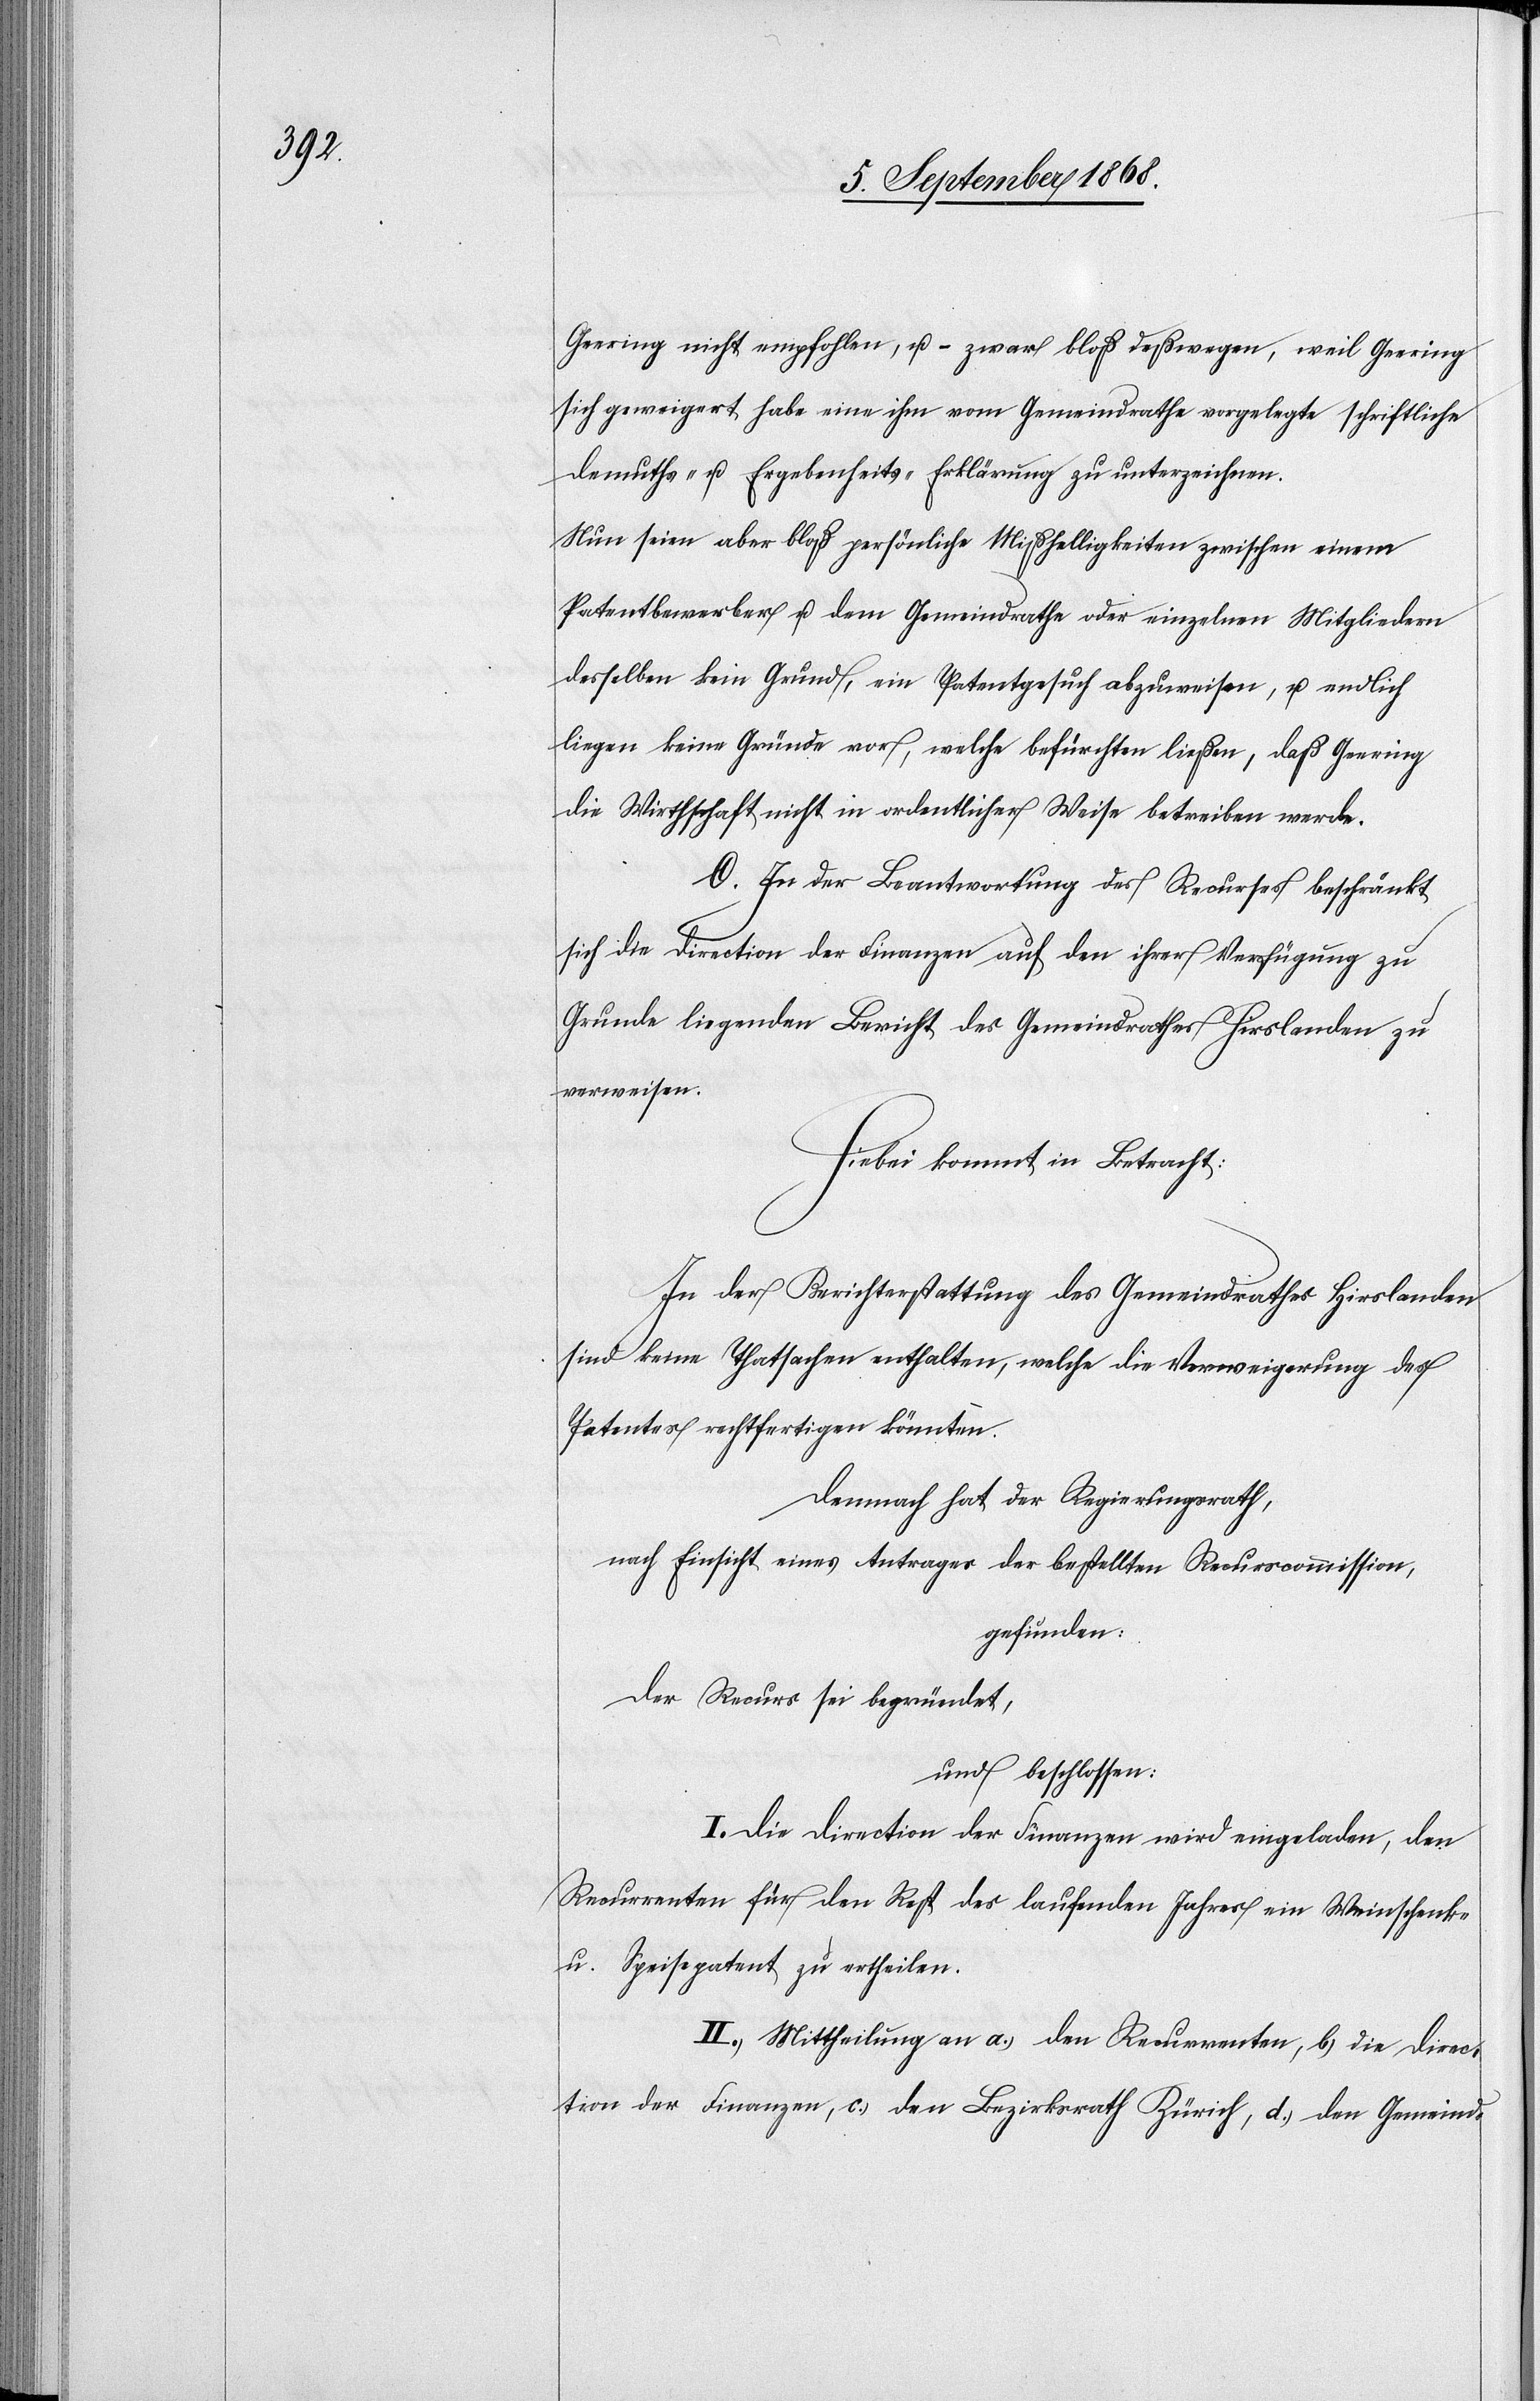
Geering nicht empfohlen, u. – zwar bloß deßwegen, weil Geering
sich geweigert habe eine ihm vom Gemeindrathe vorgelegte schriftliche
Demuths- u. Ergebenheits-Erklärung zu unterzeichnen.
Nun seien aber bloß persönliche Mißhelligkeiten zwischen einem
Patentbewerber u. dem Gemeindrathe oder einzelnen Mitgliedern
desselben kein Grund, ein Patentgesuch abzuweisen, u. endlich
liegen keine Gründe vor, welche befürchten ließen, daß Geering
die Wirthschaft nicht in ordentlicher Weise betreiben werde.
C. In der Beantwortung des Recurses beschränkt
sich die Direction der Finanzen auf den ihrer Verfügung zu
Grunde liegenden Bericht des Gemeindrathes Hirslanden zu
verweisen.
Hiebei kommt in Betracht:
In der Berichterstattung des Gemeindrathes Hirslanden
sind keine Thatsachen enthalten, welche die Verweigerung des
Patentes rechtfertigen könnten.
Demnach hat der Regierungsrath,
nach Einsicht eines Antrages der bestellten Recurscommission,
gefunden:
Der Recurs sei begründet,
und beschlossen:
I. Die Direction der Finanzen wird eingeladen, den
Recurrenten für den Rest des laufenden Jahres ein Weinschenk-
u. Speisepatent zu ertheilen.
II. Mittheilung an a.) den Recurrenten, b.) die Direc¬
tion der Finanzen, c.) den Bezirksrath Zürich, d.) den Gemeind-